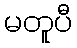
မတူပီ